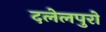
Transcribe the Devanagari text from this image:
दलेलपुरो